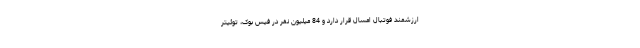
ارزشمند فوتبال امسال قرار دارد و 84 میلیون نفر در فیس بوک، توئیتر